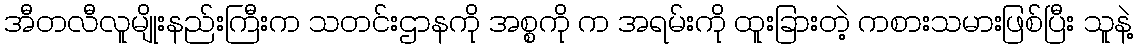
အီတလီလူမျိုးနည်းကြီးက သတင်းဌာနကို အစ္စကို က အရမ်းကို ထူးခြားတဲ့ ကစားသမားဖြစ်ပြီး သူနဲ့